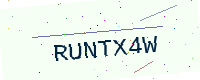
Text: RUNTX4W